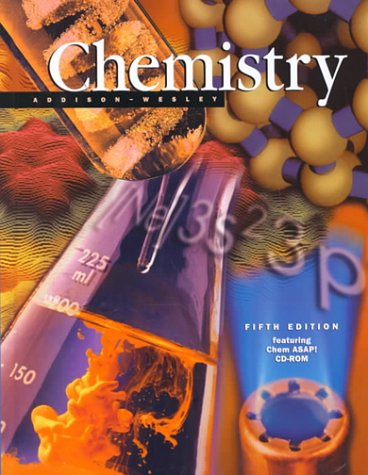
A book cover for Chemistry; Antony C. Wilbraham; Children's Books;